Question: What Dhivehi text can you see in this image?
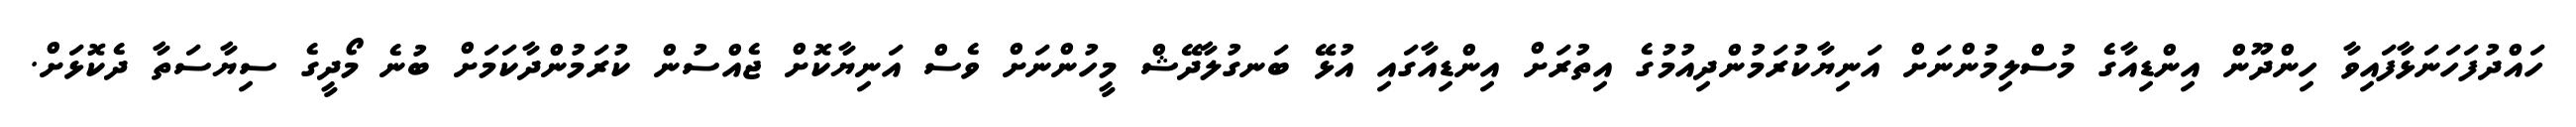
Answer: ހައްދުފަހަނަޅާފައިވާ ހިންދޫން އިންޑިއާގެ މުސްލިމުންނަށް އަނިޔާކުރަމުންދިއުމުގެ އިތުރަށް އިންޑިއާގައި އުޅޭ ބަނގުލާދޭޝް މީހުންނަށް ވެސް އަނިޔާކޮށް ޖެއްސުން ކުރަމުންދާކަމަށް ބުނެ މޯދީގެ ސިޔާސަތާ ދެކޮޅަށް.